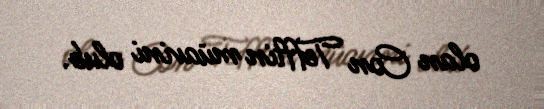
olan Con Tefftin müavini olub.